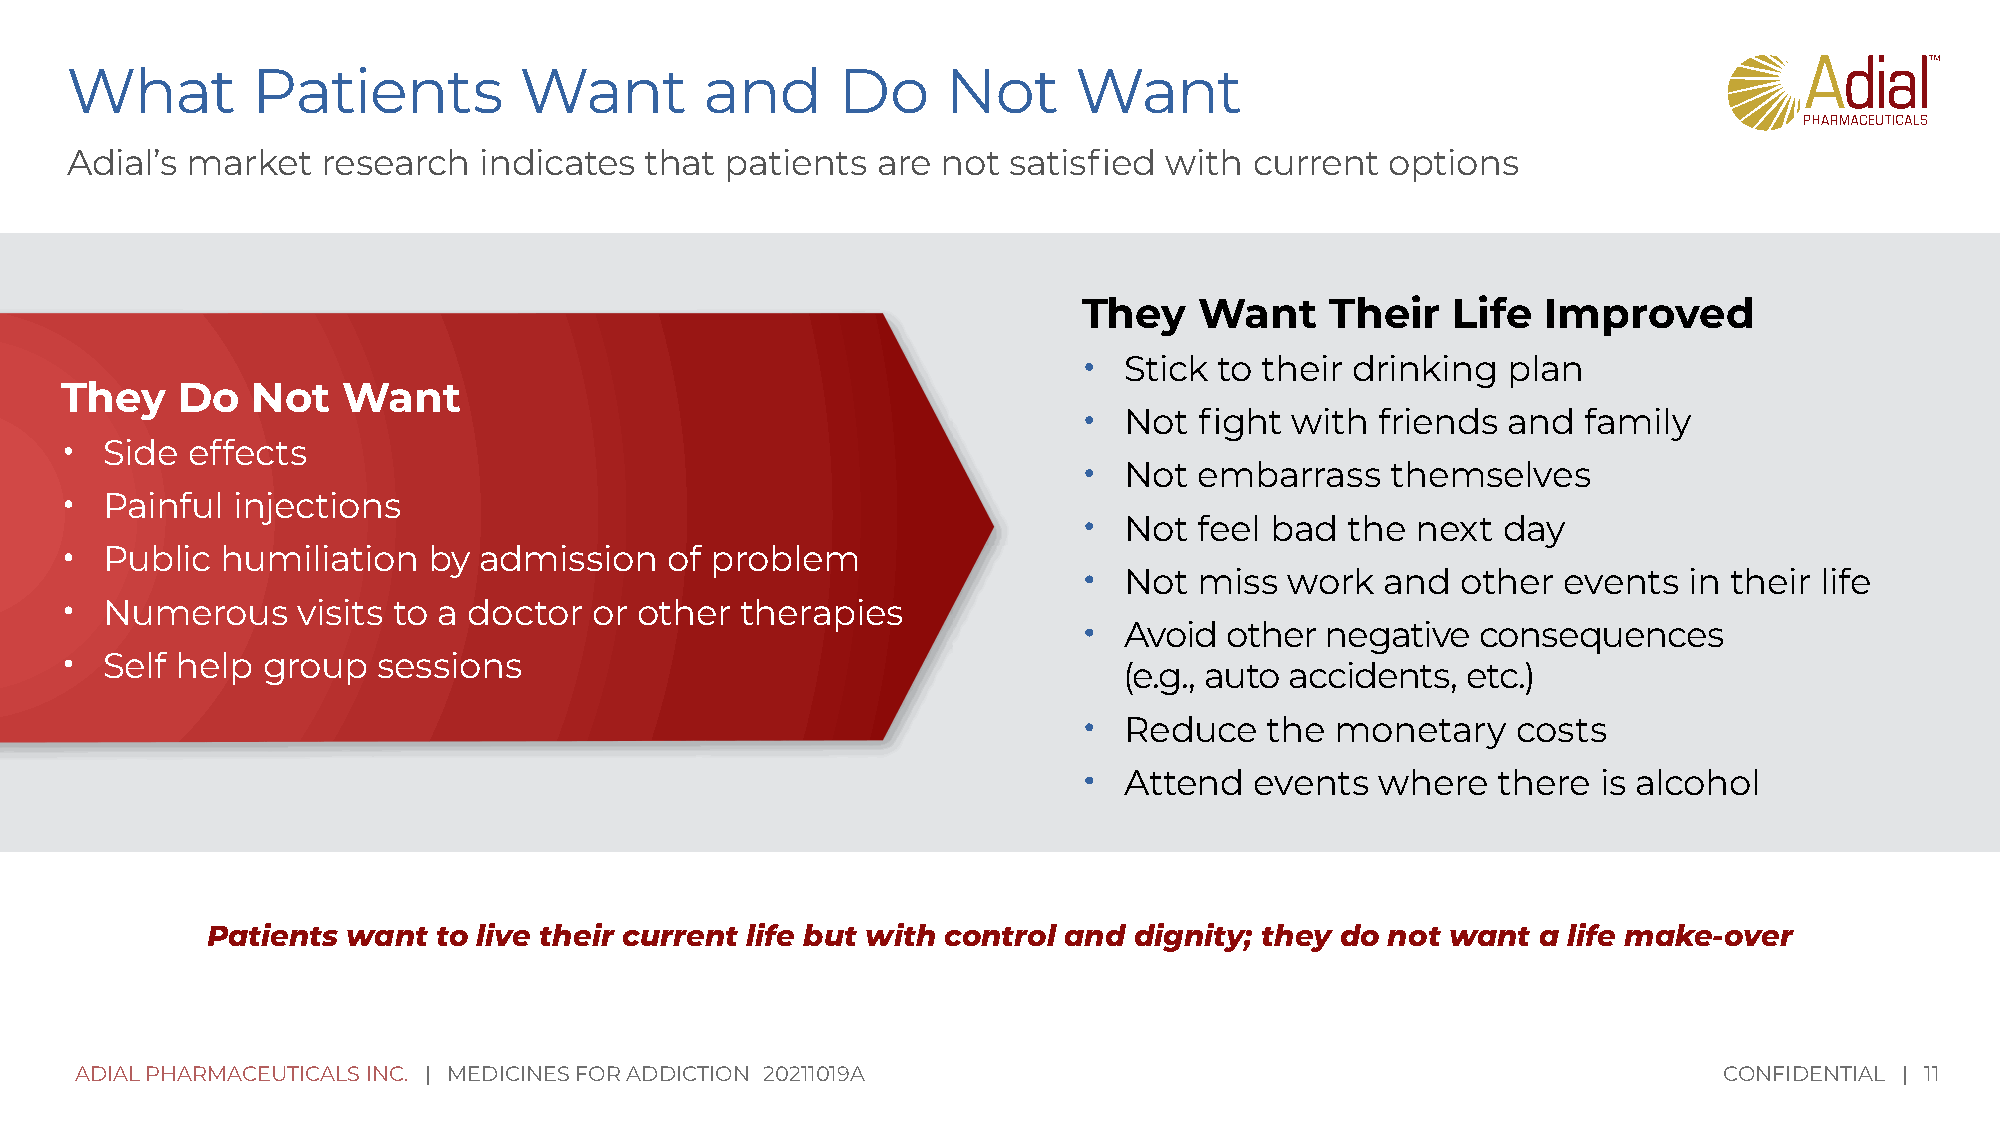
What         Patients         Want         and      Do     Not     Want
 Adial’s market   research   indicates  that patients  are not  satisfied with  current  options
 They   Want     Their   Life  Improved
 •
 Stick  to their drinking  plan
 They    Do   Not   Want
 •
 Not  fight  with friends  and  family
 •
 Side effects
 •
 Not  embarrass    themselves
 •
 Painful injections
 •
 Not  feel bad  the  next day
 •
 Public  humiliation  by  admission   of problem
 •
 Not  miss  work   and  other  events  in their life
 •
 Numerous     visits to a doctor or other  therapies
 •
 Avoid  other  negative  consequences
 •
 Self help group   sessions
 (e.g., auto accidents, etc.)
 •
 Reduce    the monetary    costs
 •
 Attend   events  where   there  is alcohol
 Patients want  to live their current life but with control and dignity; they do not want a life make-over
 ADIAL PHARMACEUTICALS INC. | MEDICINES FOR ADDICTION 20211019A                                               CONFIDENTIAL | 11